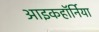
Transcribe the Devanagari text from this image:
आइकहॉर्निया